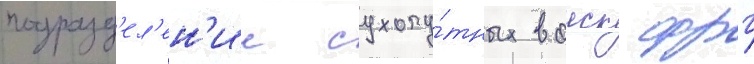
подразд'ел'ен'ии сухопу́тных воиск фрг